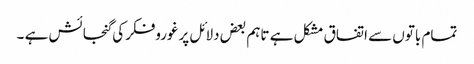
تمام باتوں سے اتفاق مشکل ہے تاہم بعض دلائل پرغوروفکرکی گنجائش ہے ۔